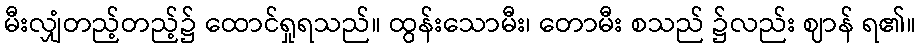
မီးလျှံတည့်တည့်၌ ထောင်ရှုရသည်။ ထွန်းသောမီး၊ တောမီး စသည် ၌လည်း ဈာန် ရ၏။